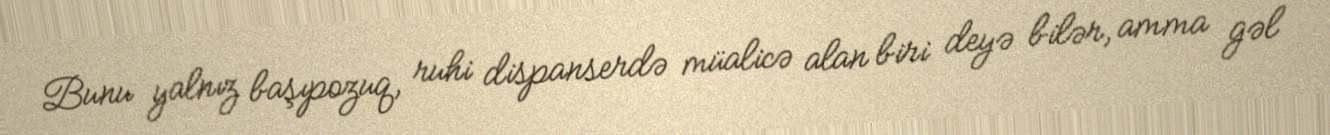
Bunu yalnız başıpozuq, ruhi dispanserdə müalicə alan biri deyə bilər, amma gəl